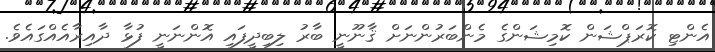
އެންޓި ކޮރަޕްޝަން ކޮމިޝަންގެ މެންބަރުންނަށް ޤާނޫނީ ބާރު ލިބިދީފައި އޮންނަނީ ފުޅާ ދާއިރާއެއްގައެވެ.